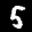
Label: 5